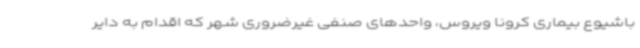
باشیوع بیماری کرونا ویروس، واحدهای صنفی غیرضروری شهر که اقدام به دایر